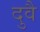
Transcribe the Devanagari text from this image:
दुवै